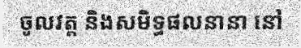
ចូលវត្ត និងសមិទ្ធផលនានា នៅ